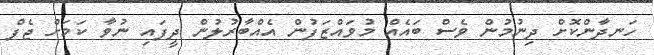
ހަނދާންކޮށް ދިނުމުން ވެސް ބައެއް މުވައްޒަފުން އެއްބާރުލުން ދީފައި ނުވާ ކަމަށް ޖެފް